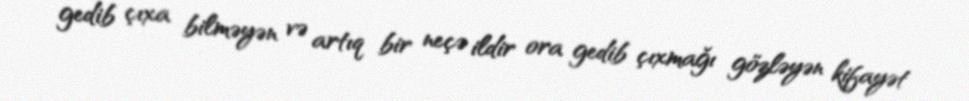
gedib çıxa bilməyən və artıq bir neçə ildir ora gedib çıxmağı gözləyən kifayət